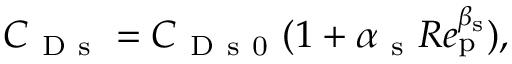
C _ { \mathrm { ~ D ~ s ~ } } = C _ { \mathrm { ~ D ~ s ~ 0 ~ } } ( 1 + \alpha _ { \mathrm { ~ s ~ } } R e _ { \mathrm { p } } ^ { \beta _ { \mathrm { s } } } ) ,